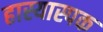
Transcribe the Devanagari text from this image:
हास्यास्पक